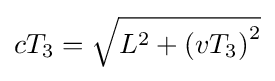
{\textstyle cT_{3}={\sqrt {L^{2}+\left(vT_{3}\right)^{2}}}}